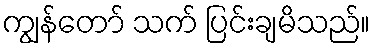
ကျွန်တော် သက် ပြင်းချမိသည်။